Civil Veterinary Department. United Provinces 1923-31 - 1923-1931
Year: 1923
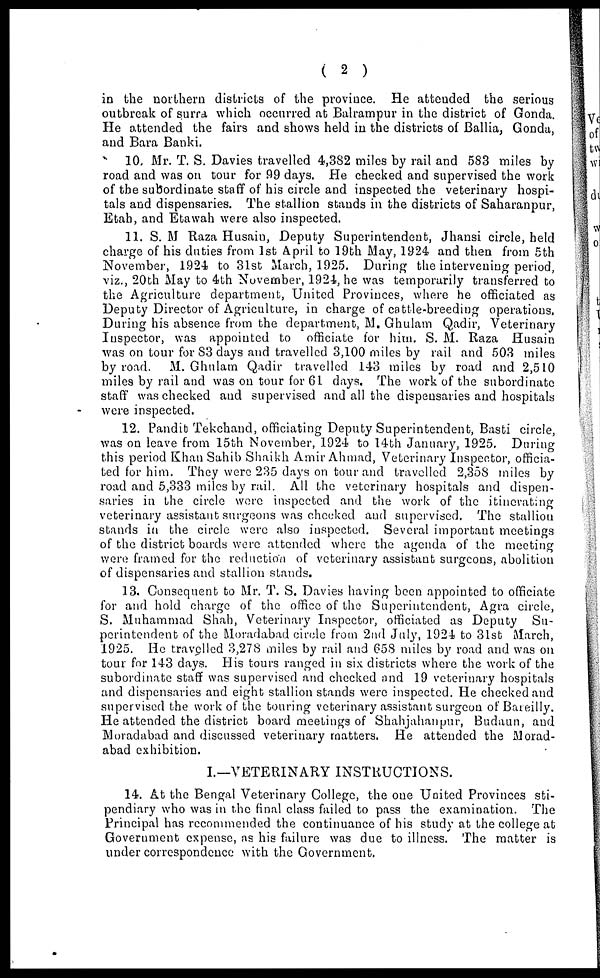
( 2 )
in the northern districts of the province. He attended the serious
outbreak of surra which occurred at Balrampur in the district of Gonda.
He attended the fairs and shows held in the districts of Ballia, Gonda,
and Bara Banki.
10. Mr. T. S. Davies travelled 4,382 miles by rail and 583 miles by
road and was on tour for 99 days. He checked and supervised the work
of the subordinate staff of his circle and inspected the veterinary hospi-
tals and dispensaries. The stallion stands in the districts of Saharanpur,
Etah, and Etawah were also inspected.
11. S. M Raza Husain, Deputy Superintendent, Jhansi circle, held
charge of his duties from 1st April to 19th May, 1924 and then from 5th
November, 1924 to 31st March, 1925. During the intervening period,
viz., 20th May to 4th November, 1921, he was temporarily transferred to
the Agriculture department, United Provinces, where he officiated as
Deputy Director of Agriculture, in charge of cattle-breeding operations.
During his absence from the department, M. Ghulam Qadir, Veterinary
Inspector, was appointed to officiate for him. S. M. Raza Husain
was on tour for S3 days and travelled 3,100 miles by rail and 503 miles
by road. M. Ghulam Qadir travelled 143 miles by road and 2,510
miles by rail and was on tour for 61 days. The work of the subordinate
staff was checked and supervised and all the dispensaries and hospitals
were inspected.
12. Pandib Tekchand, officiating Deputy Superintendent, Basti circle,
was on leave from 15th November, 1924 to 14th January, 1925. During
this period Khan Sahib Shaikh Amir Ahmad, Veterinary Inspector, officia-
ted for him. They were 235 days on tour and travelled 2,358 miles by
road and 5,333 miles by rail. All the veterinary hospitals and dispen-
saries in the circle wore inspected and the work of the itinerating
veterinary assistant surgeons was checked and supervised. The stallion
stands in the circle were also inspected. Several important meetings
of the district boards were attended where the agenda of the meeting
were framed for the reduction of veterinary assistant surgeons, abolition
of dispensaries and stallion stands.
13. Consequent to Mr. T. S. Davies having been appointed to officiate
for and hold charge of the office of the Superintendent, Agra circle,
S. Muhammad Shah, Veterinary Inspector, officiated as Deputy Su-
perintendent of the Moradabad circle from 2nd July, 1924 to 31st March,
1925. He travelled 3,278 miles by rail and 658 miles by road and was on
tour for 143 days. His tours ranged in six districts where the work of the
subordinate staff was supervised and checked and 19 veterinary hospitals
and dispensaries and eight stallion stands were inspected. He checked and
supervised the work of the touring veterinary assistant surgeon of Bareilly.
He attended the district board meetings of Shahjahanpur, Budaun, and
Moradabad and discussed veterinary matters. He attended the Morad-
abad exhibition.
I.—VETERINARY INSTRUCTIONS.
14. At the Bengal Veterinary College, the one United Provinces sti-
pendiary who was in the final class failed to pass the examination. The
Principal has recommended the continuance of his study at the college at
Government expense, as his failure was due to illness. The matter is
under correspondence with the Government.